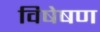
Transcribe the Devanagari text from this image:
विषेषण